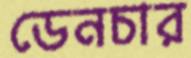
ডেনচার